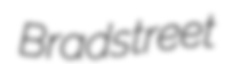
Bradstreet